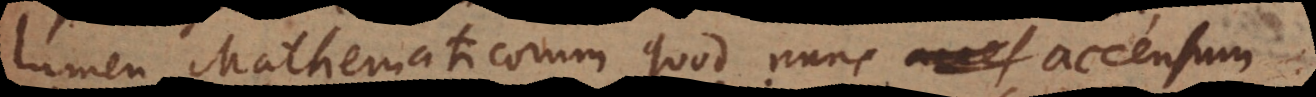
lumen Mathematicorum quod nunc accensum